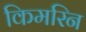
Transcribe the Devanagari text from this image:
किमरिन